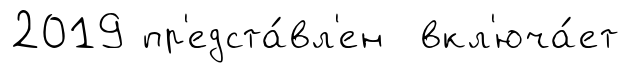
2019 пр'едста́вл'ен вкл'юча́ет